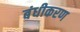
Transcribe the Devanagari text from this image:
बंधीकरण